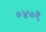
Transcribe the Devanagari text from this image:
०४०१